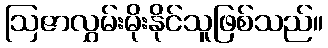
ဩဇာလွှမ်းမိုးနိုင်သူဖြစ်သည်။